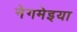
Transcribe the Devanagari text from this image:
नेगमेइया